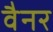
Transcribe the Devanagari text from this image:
वैनर